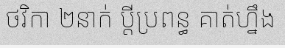
ថវិកា ២នាក់ ប្តីប្រពន្ធ គាត់ហ្នឹង